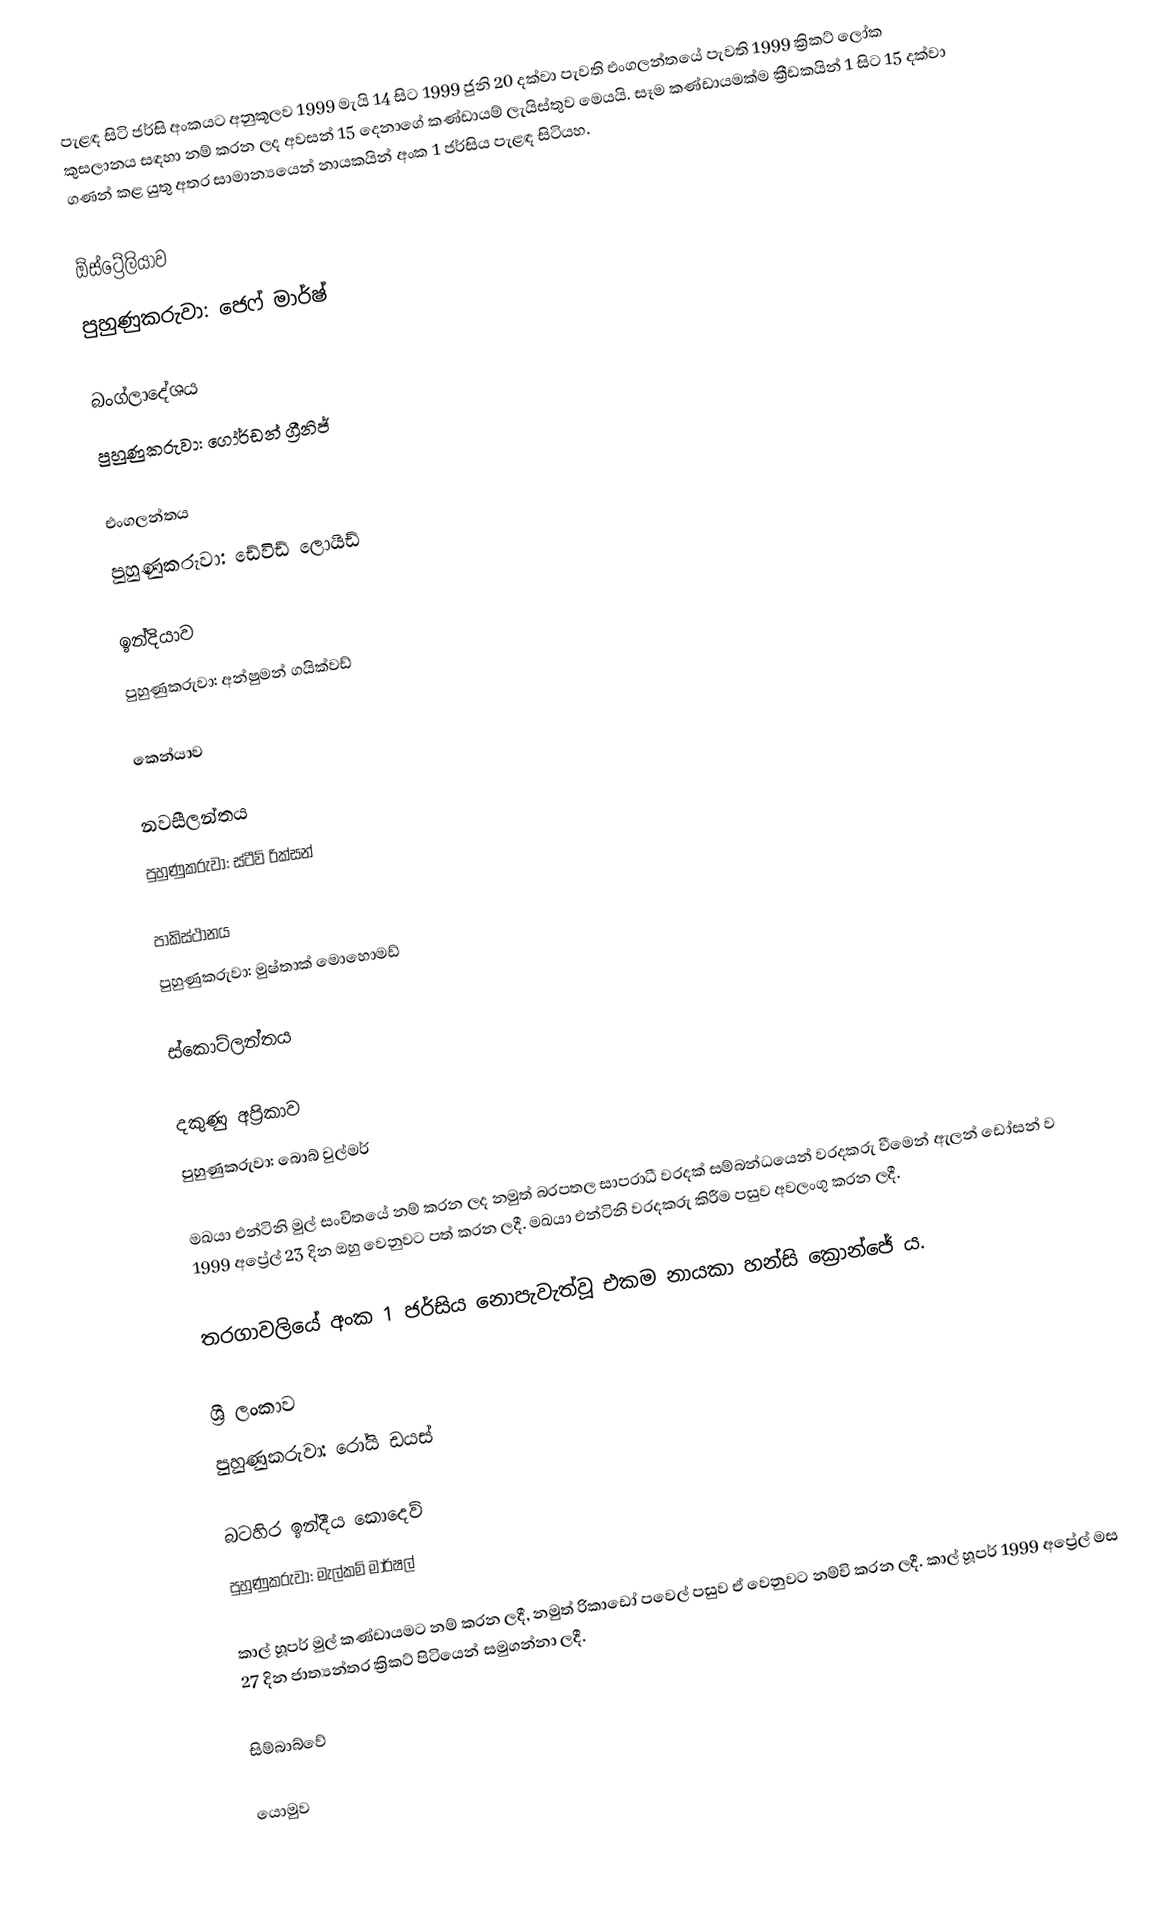
පැළඳ සිටි ජර්සි අංකයට අනුකූලව 1999 මැයි 14 සිට 1999 ජුනි 20 දක්වා පැවති එංගලන්තයේ පැවති 1999 ක්‍රිකට් ලෝක කුසලානය සඳහා නම් කරන ලද අවසන් 15 දෙනාගේ කණ්ඩායම් ලැයිස්තුව මෙයයි. සෑම කණ්ඩායමක්ම ක්‍රීඩකයින් 1 සිට 15 දක්වා ගණන් කළ යුතු අතර සාමාන්‍යයෙන් නායකයින් අංක 1 ජර්සිය පැළඳ සිටියහ.

ඕස්ට්‍රේලියාව
පුහුණුකරුවා: ජෙෆ් මාර්ෂ්

බංග්ලාදේශය
පුහුණුකරුවා: ගෝර්ඩන් ග්‍රීනිජ්

එංගලන්තය
පුහුණුකරුවා: ඩේවිඩ් ලොයිඩ්

ඉන්දියාව
පුහුණුකරුවා: අන්ෂුමන් ගයික්වඩ්

කෙන්යාව

නවසීලන්තය
පුහුණුකරුවා: ස්ටීව් රික්සන්

පාකිස්ථානය
පුහුණුකරුවා: මුෂ්තාක් මොහොමඩ්

ස්කොට්ලන්තය

දකුණු අප්‍රිකාව
පුහුණුකරුවා: බොබ් වුල්මර්

 මඛයා එන්ටිනි මුල් සංචිතයේ නම් කරන ලද නමුත් බරපතල සාපරාධී වරදක් සම්බන්ධයෙන් වරදකරු වීමෙන් ඇලන් ඩෝසන් ව 1999 අප්‍රේල් 23 දින ඔහු වෙනුවට පත් කරන ලදී.  මඛයා එන්ටිනි වරදකරු කිරීම පසුව අවලංගු කරන ලදී.

තරගාවලියේ අංක 1 ජර්සිය නොපැවැත්වූ එකම නායකා හන්සි ක්‍රොන්ජේ ය.

ශ්‍රී ලංකාව
පුහුණුකරුවා: රෝයි ඩයස්

බටහිර ඉන්දීය කොදෙව්
පුහුණුකරුවා: මැල්කම් මාර්ෂල්

කාල් හූපර් මුල් කණ්ඩායමට නම් කරන ලදී, නමුත් රිකාඩෝ පවෙල් පසුව ඒ වෙනුවට නම්වි කරන ලදී. කාල් හූපර් 1999 අප්‍රේල් මස 27 දින ජාත්‍යන්තර ක්‍රිකට් පිටියෙන් සමුගන්නා ලදී.

සිම්බාබ්වේ

යොමුව